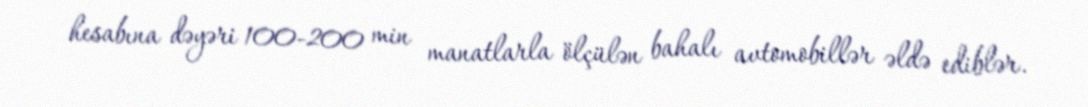
hesabına dəyəri 100-200 min manatlarla ölçülən bahalı avtomobillər əldə ediblər.